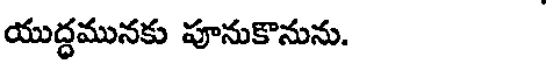
యుద్ధమునకు పూనుకొనును.